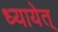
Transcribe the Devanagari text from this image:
ध्यायेत्